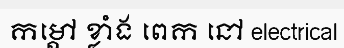
កម្តៅ ខ្លាំង ពេក នៅ electrical